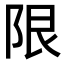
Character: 限